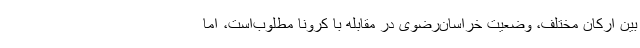
بین ارکان مختلف، وضعیت خراسان‌رضوی در مقابله با کرونا مطلوب‌است، اما